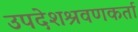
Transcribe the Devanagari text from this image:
उपदेशश्रवणकर्ता